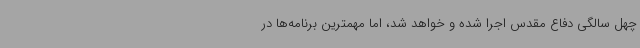
چهل سالگی دفاع مقدس اجرا شده و خواهد شد، اما مهمترین برنامه‌ها در